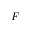
F